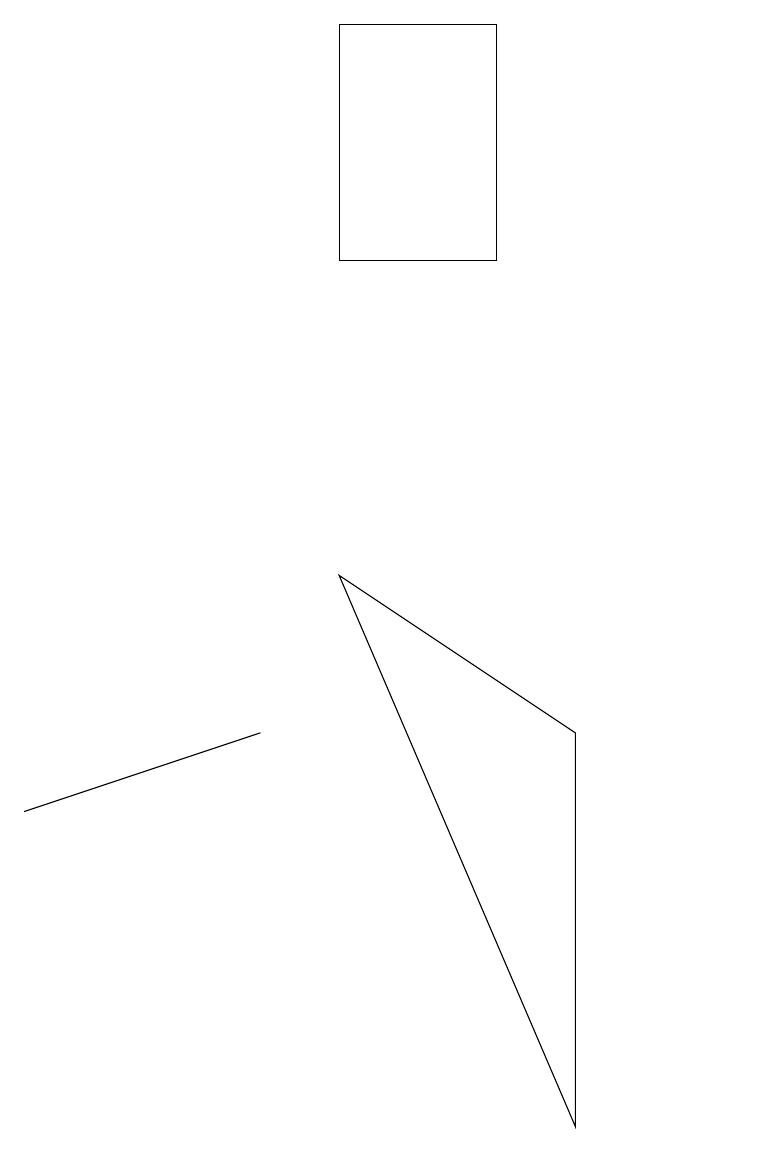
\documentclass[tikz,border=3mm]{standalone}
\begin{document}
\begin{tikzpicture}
\draw (5,16) rectangle (7,13);
\draw (1,6) -- (4,7) -- (1,6) -- cycle;
\draw (10,12) circle (0);
\draw (8,7) -- (8,2) -- (5,9) -- cycle;
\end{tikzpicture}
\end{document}